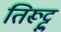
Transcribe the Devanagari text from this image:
तिरूट्टु